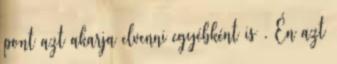
pont azt akarja elvenni egyébként is . Én azt